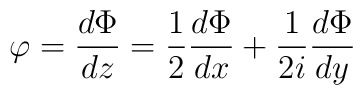
\varphi=\displaystyle\frac{d\Phi}{dz}=\frac{1}{2}\frac{d\Phi}{dx}+\frac{1}{2i}\frac{d\Phi}{dy}